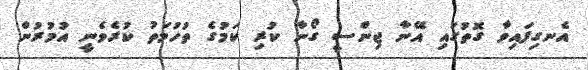
އެނގިފައިވާ ގޮތުގައި އޭނާ ޖިންސީ ގޯނާ ކުރި ކަމުގެ ތުހުމަތު ކުރެވެނީ އުމުރުން